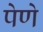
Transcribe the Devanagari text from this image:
पेणे